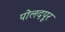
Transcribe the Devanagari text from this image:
पोलदपूर